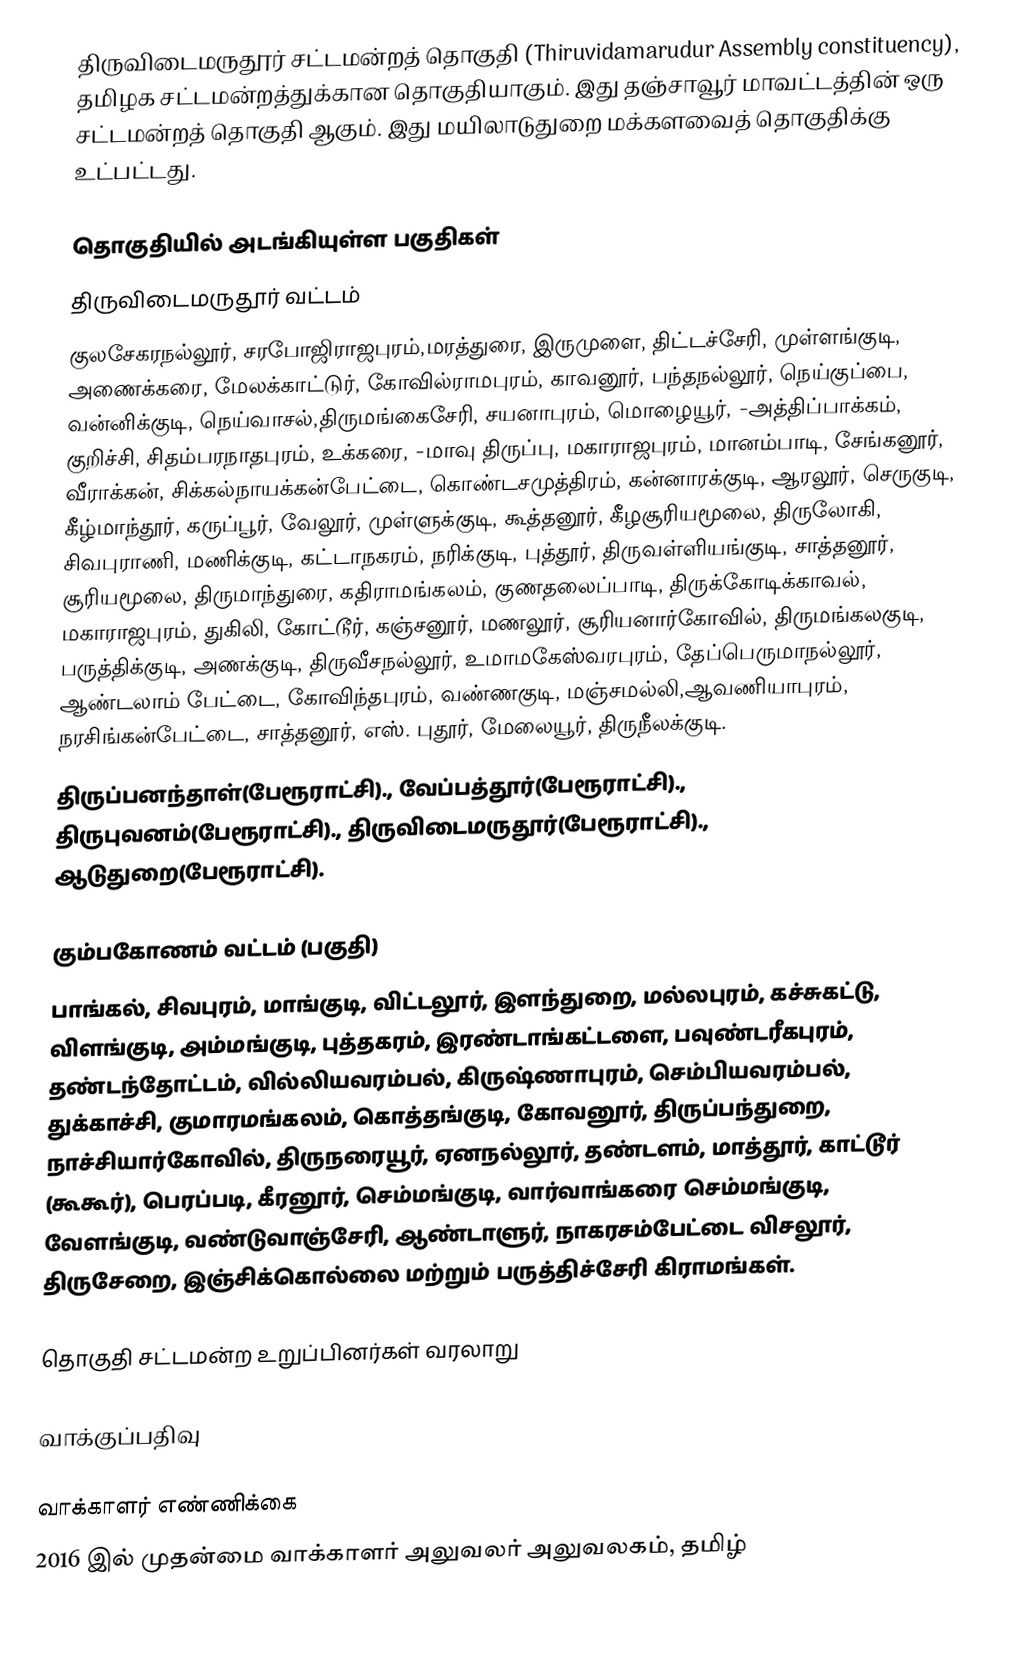
திருவிடைமருதூர் சட்டமன்றத் தொகுதி (Thiruvidamarudur Assembly constituency), தமிழக சட்டமன்றத்துக்கான தொகுதியாகும். இது தஞ்சாவூர் மாவட்டத்தின் ஒரு சட்டமன்றத் தொகுதி ஆகும். இது மயிலாடுதுறை மக்களவைத் தொகுதிக்கு உட்பட்டது.

தொகுதியில் அடங்கியுள்ள பகுதிகள்
திருவிடைமருதூர் வட்டம்
குலசேகரநல்லூர், சரபோஜிராஜபுரம்,மரத்துரை, இருமுளை, திட்டச்சேரி, முள்ளங்குடி, அணைக்கரை, மேலக்காட்டுர், கோவில்ராமபுரம், காவனூர், பந்தநல்லூர், நெய்குப்பை, வன்னிக்குடி, நெய்வாசல்,திருமங்கைசேரி, சயனாபுரம், மொழையூர், -அத்திப்பாக்கம், குறிச்சி, சிதம்பரநாதபுரம், உக்கரை, -மாவு திருப்பு, மகாராஜபுரம், மானம்பாடி, சேங்கனூர், வீராக்கன், சிக்கல்நாயக்கன்பேட்டை, கொண்டசமுத்திரம், கன்னாரக்குடி, ஆரலூர், செருகுடி, கீழ்மாந்தூர், கருப்பூர், வேலூர், முள்ளுக்குடி, கூத்தனூர், கீழசூரியமூலை, திருலோகி, சிவபுராணி, மணிக்குடி, கட்டாநகரம், நரிக்குடி, புத்தூர், திருவள்ளியங்குடி, சாத்தனூர், சூரியமூலை, திருமாந்துரை, கதிராமங்கலம், குணதலைப்பாடி, திருக்கோடிக்காவல், மகாராஜபுரம், துகிலி, கோட்டூர், கஞ்சனூர், மணலூர், சூரியனார்கோவில், திருமங்கலகுடி, பருத்திக்குடி, அணக்குடி, திருவீசநல்லூர், உமாமகேஸ்வரபுரம், தேப்பெருமாநல்லூர், ஆண்டலாம் பேட்டை, கோவிந்தபுரம், வண்ணகுடி, மஞ்சமல்லி,ஆவணியாபுரம், நரசிங்கன்பேட்டை, சாத்தனூர், எஸ். புதூர், மேலையூர், திருநீலக்குடி.
திருப்பனந்தாள்(பேரூராட்சி)., வேப்பத்தூர்(பேரூராட்சி)., திருபுவனம்(பேரூராட்சி)., திருவிடைமருதூர்(பேரூராட்சி)., ஆடுதுறை(பேரூராட்சி).

கும்பகோணம் வட்டம் (பகுதி)
பாங்கல், சிவபுரம், மாங்குடி, விட்டலூர், இளந்துறை, மல்லபுரம், கச்சுகட்டு, விளங்குடி, அம்மங்குடி, புத்தகரம், இரண்டாங்கட்டளை, பவுண்டரீகபுரம், தண்டந்தோட்டம், வில்லியவரம்பல், கிருஷ்ணாபுரம், செம்பியவரம்பல், துக்காச்சி, குமாரமங்கலம், கொத்தங்குடி, கோவனூர், திருப்பந்துறை, நாச்சியார்கோவில், திருநரையூர், ஏனநல்லூர், தண்டளம், மாத்தூர், காட்டூர் (கூகூர்), பெரப்படி, கீரனூர், செம்மங்குடி, வார்வாங்கரை செம்மங்குடி, வேளங்குடி, வண்டுவாஞ்சேரி, ஆண்டாளுர், நாகரசம்பேட்டை விசலூர், திருசேறை, இஞ்சிக்கொல்லை மற்றும் பருத்திச்சேரி கிராமங்கள்.

தொகுதி சட்டமன்ற உறுப்பினர்கள் வரலாறு

வாக்குப்பதிவு

வாக்காளர் எண்ணிக்கை
2016 இல் முதன்மை வாக்காளர் அலுவலர் அலுவலகம், தமிழ்